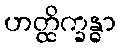
ဟတ္ထိက္ခန္ဓာ